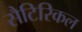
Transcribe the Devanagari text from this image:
सैटिरिकल